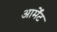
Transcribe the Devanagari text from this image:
आर्मेंट